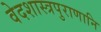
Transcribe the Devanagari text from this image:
वेदशास्त्रपुराणानि